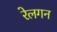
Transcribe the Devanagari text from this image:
रेलगन